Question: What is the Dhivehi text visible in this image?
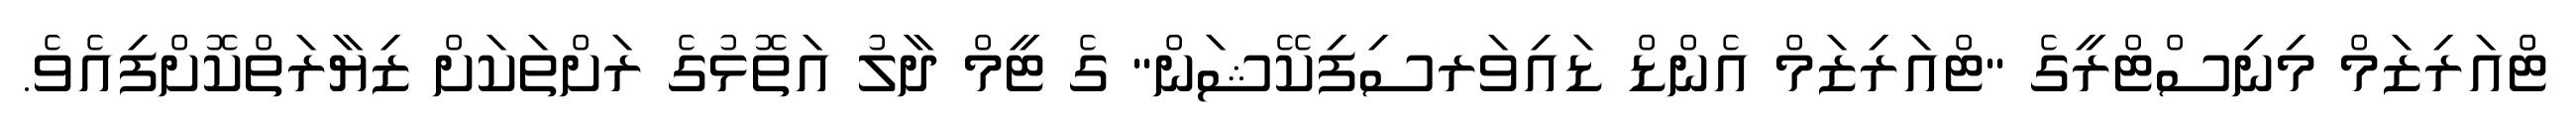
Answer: ޓްުއަރިޒަމް މިނިސްޓްރީގެ "ޓްއަރިޒަމް އެންޑް ޑައިވަރސިފިކޭޝަން" ގެ ޓީމް ދާލު އަތޮޅުގެ ރަށްތަކަށް ޒިޔާރަތްކޮށްފިއެވެ.